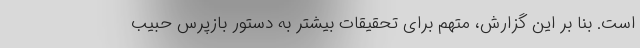
است. بنا بر این گزارش، متهم برای تحقیقات بیشتر به دستور بازپرس حبیب